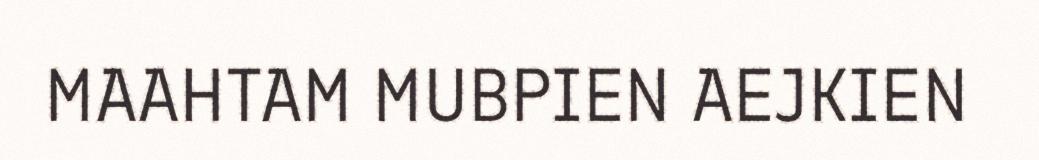
MAAHTAM MUBPIEN AEJKIEN